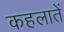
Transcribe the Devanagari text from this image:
कहलातें